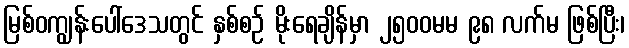
မြစ်ဝကျွန်းပေါ်ဒေသတွင် နှစ်စဉ် မိုးရေချိန်မှာ ၂၅၀၀မမ ၉၈ လက်မ ဖြစ်ပြီး၊